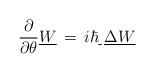
LaTeX: \begin{align*}{\partial \over \partial \theta} \underline W \,=\, i\hbar \underline \,\,\underline\Delta \underline W\end{align*}